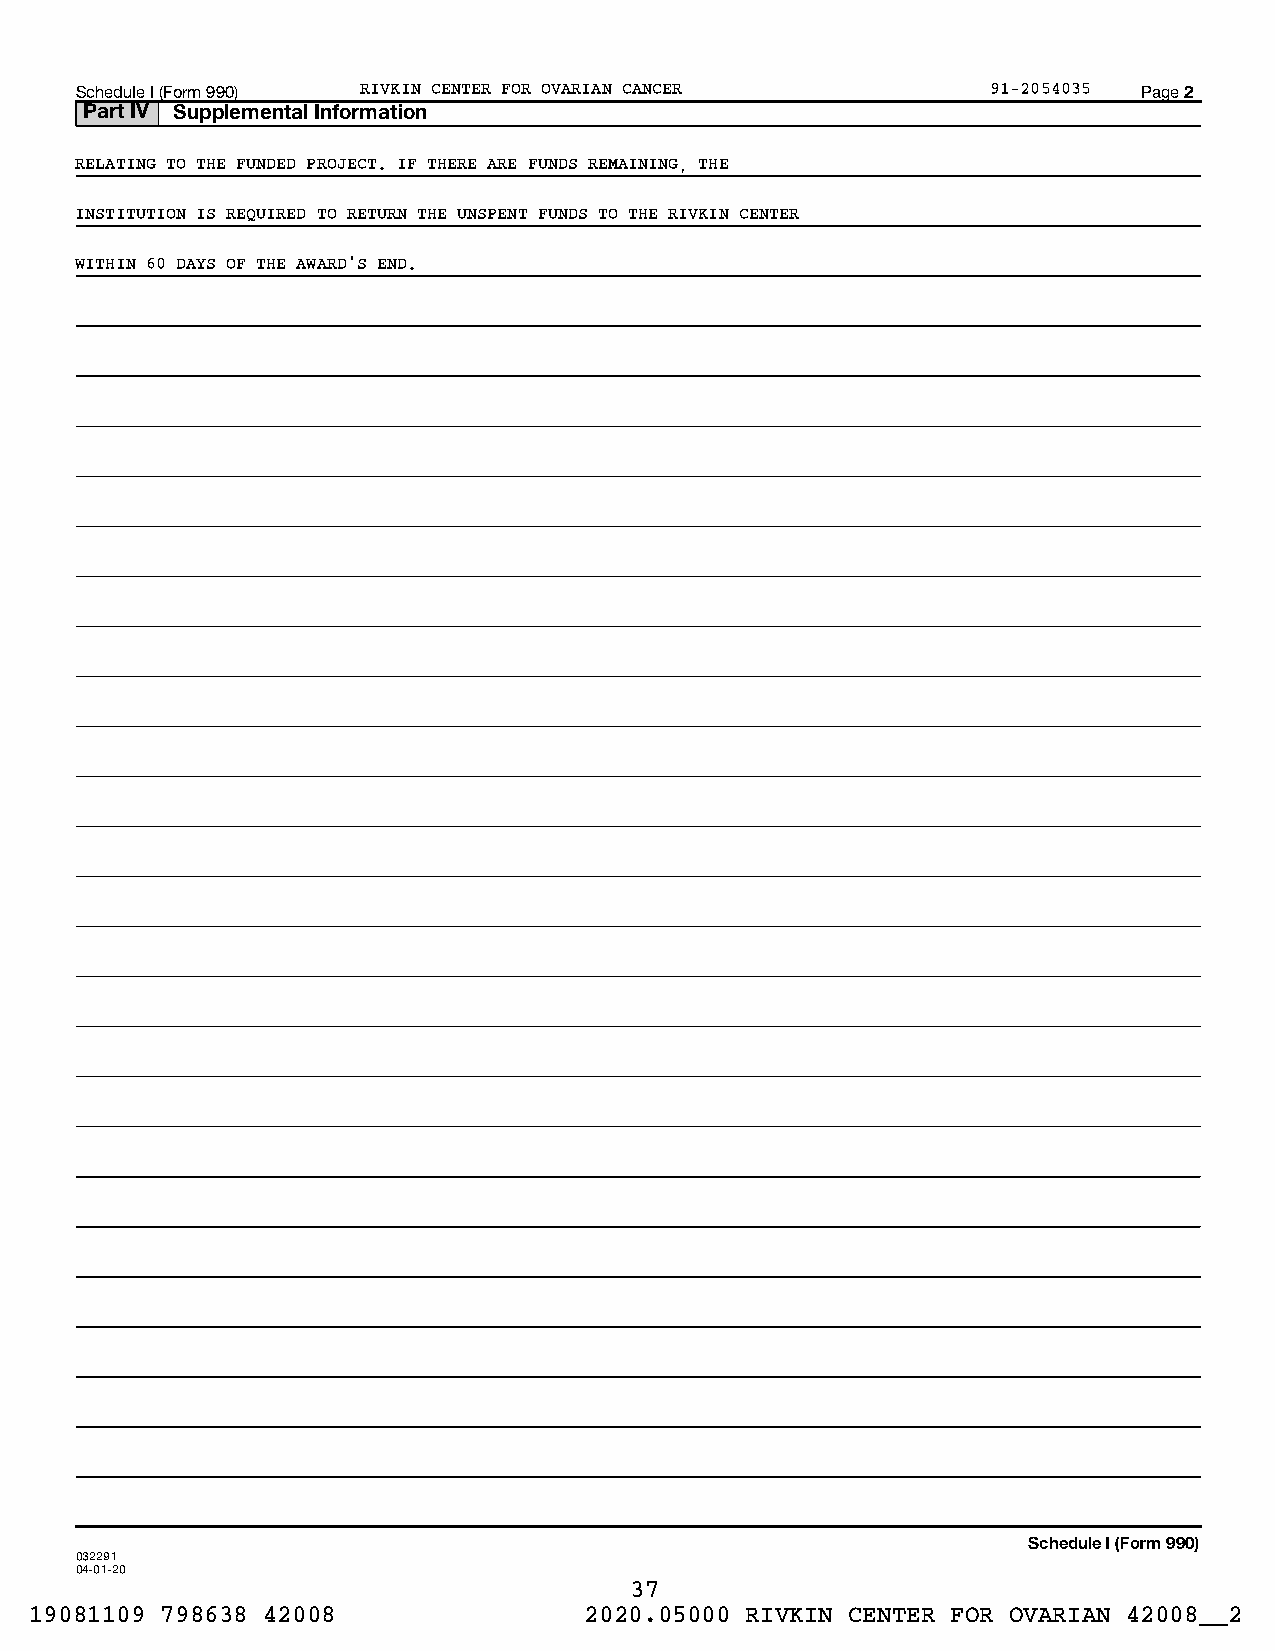
Schedule I (Form 990) RIVKIN CENTER FOR OVARIAN CANCER       91-2054035 Page 2
 Part IV Supplemental Information
 RELATING TO THE FUNDED PROJECT. IF THERE ARE FUNDS REMAINING, THE
 INSTITUTION IS REQUIRED TO RETURN THE UNSPENT FUNDS TO THE RIVKIN CENTER
 WITHIN 60 DAYS OF THE AWARD'S END.
 Schedule I (Form 990)
 032291
 04-01-20
 37
 19081109 798638 42008                2020.05000 RIVKIN CENTER FOR OVARIAN 42008__2